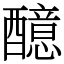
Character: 醷